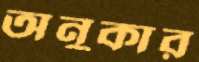
অনুকার